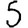
Digit: 5